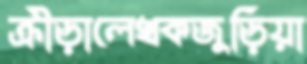
ক্রীড়ালেখকজুড়িয়া